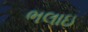
ભલાઇ